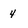
Character: 4